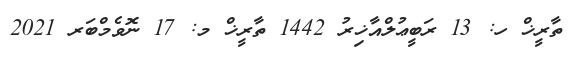
ތާރީޚް ހ: 13 ރަބީޢުލްއާޚިރު 1442 ތާރީޚް މ: 17 ނޮވެމްބަރ 2021